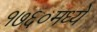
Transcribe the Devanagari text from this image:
१७६०मध्ये